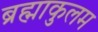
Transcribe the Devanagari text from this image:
ब्रह्माकुलम